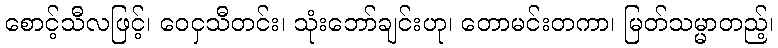
စောင့်သီလဖြင့်၊ ဝေငှသီတင်း၊ သုံးဘော်ချင်းဟု၊ တောမင်းတကာ၊ မြတ်သမ္မာတည့်၊